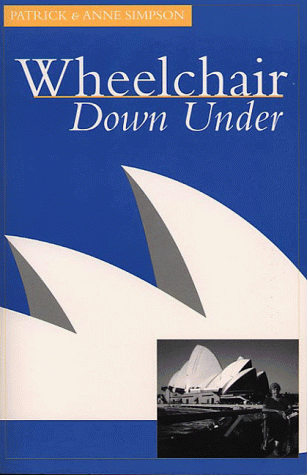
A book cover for Wheelchair Down Under; Patrick Simpson; Travel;